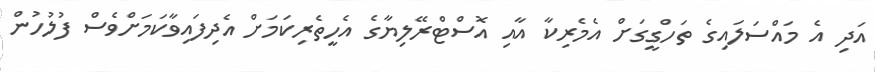
އަދި އެ މައްސަލައިގެ ތަހްގީގަށް އެމެރިކާ އާއި އޮސްޓްރޭލިޔާގެ އެހީތެރިކަމަށް އެދިފައިވާކަމަށްވެސް ފުލުހުން